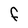
Character: F